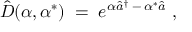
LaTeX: { \hat { D } } ( \alpha , \alpha ^ { * } ) \; = \; e ^ { \alpha { \hat { a } } ^ { \dagger } \, - \, \alpha ^ { * } { \hat { a } } } \; ,